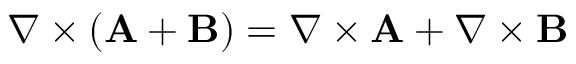
\nabla \times ( \mathbf { A } + \mathbf { B } ) = \nabla \times \mathbf { A } + \nabla \times \mathbf { B }